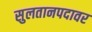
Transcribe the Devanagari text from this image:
सुलतानपदावर